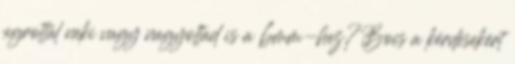
ugrottál neki vagy nagyoltad is a 6mm-hez?Bocs a kérdésekért